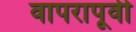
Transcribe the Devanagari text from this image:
वापरापूर्वी